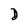
Character: D